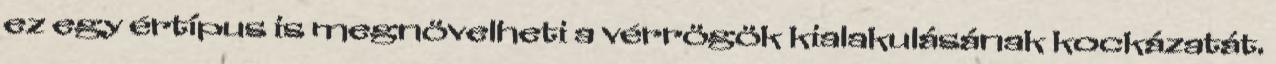
ez egy értípus is megnövelheti a vérrögök kialakulásának kockázatát.